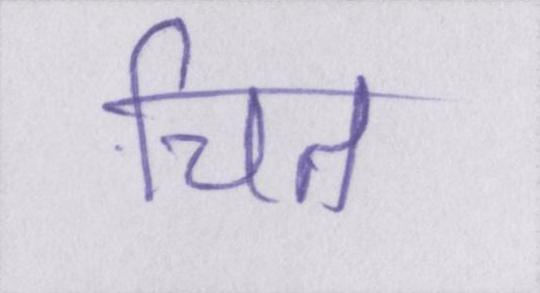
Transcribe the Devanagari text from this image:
चित